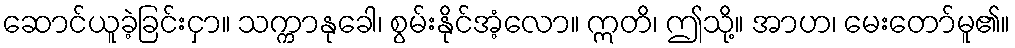
ဆောင်ယူခဲ့ခြင်းငှာ။ သက္ကာနုခေါ၊ စွမ်းနိုင်အံ့လော။ ဣတိ၊ ဤသို့။ အာဟ၊ မေးတော်မူ၏။